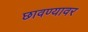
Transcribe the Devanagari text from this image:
छावण्यावर